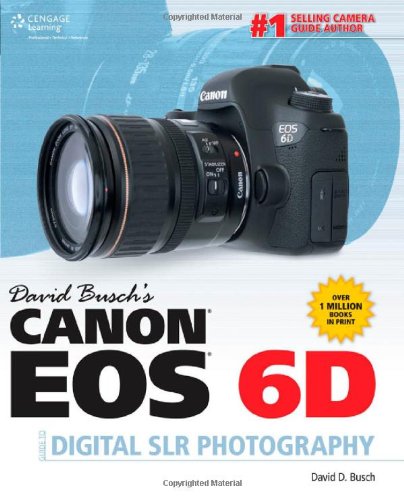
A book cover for David Busch's Canon EOS 6D Guide to Digital SLR Photography (David Busch's Digital Photography Guides); David D. Busch; Reference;